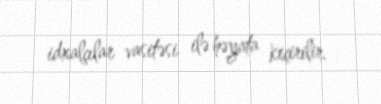
idxalçılar vasitəsi ilə həyata keçirilir.